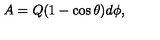
A = Q ( 1 - \cos \theta ) d \phi ,